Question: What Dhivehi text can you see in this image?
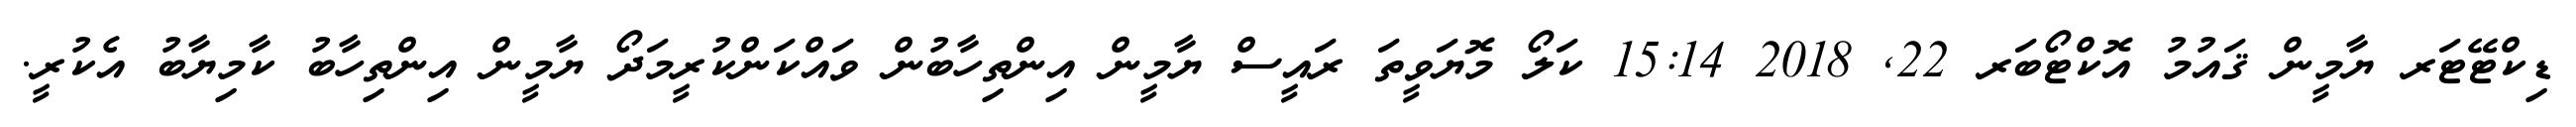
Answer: ޑިކްޓޭޓަރ ޔާމީން ޤައުމު އޮކްޓޯބަރ 22, 2018 15:14 ކަލޯ މޮޔަވީތަ ރައީސް ޔާމީން އިންތިހާބުން ވައްކަންކުރީމަދޯ ޔާމީން އިންތިހާބު ކާމިޔާބު އެކުރީ.